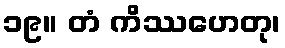
၁၉။ တံ ကိဿဟေတု၊